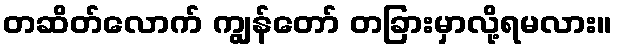
တဆိတ်လောက် ကျွန်တော် တခြားမှာလို့ရမလား။